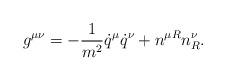
LaTeX: \begin{align*}g^{\mu\nu}=-\frac{1}{m^2}\dot{q}^\mu\dot{q}^\nu+n^{\mu R}n^\nu_R.\end{align*}